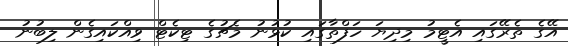
އޭގެ ތެރޭގައި އެޓީމު މިދިިޔަ ހަފްތާގައި ކުޅުނު މެޗުގެ ޓިކެޓް ވިއްކައިގެން ލިބުނު